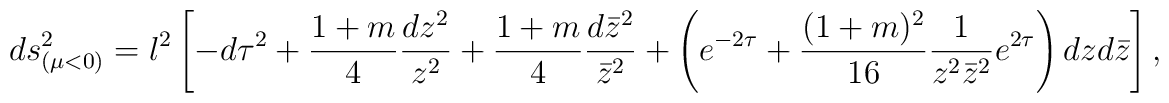
ds^2_{(\mu<0)}=l^2\left[- d\tau^2 +\frac{1+m}{4}\frac{dz^2}{z^2}                +\frac{1+m}{4}\frac{d\bar{z}^2}{\bar{z}^2}                +\left(e^{-2\tau}+\frac{(1+m)^2}{16}\frac{1}{z^2 \bar{z}^2}                  e^{2\tau}\right)dzd\bar{z} \right],